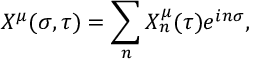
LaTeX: X ^ { \mu } ( \sigma , \tau ) = \sum _ { n } X _ { n } ^ { \mu } ( \tau ) e ^ { i n \sigma } ,